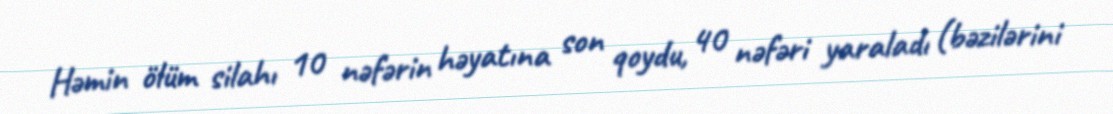
Həmin ölüm silahı 10 nəfərin həyatına son qoydu, 40 nəfəri yaraladı (bəzilərini